Lunatic asylums United Provinces 1909-1921 - 1909-1921
Year: 1909
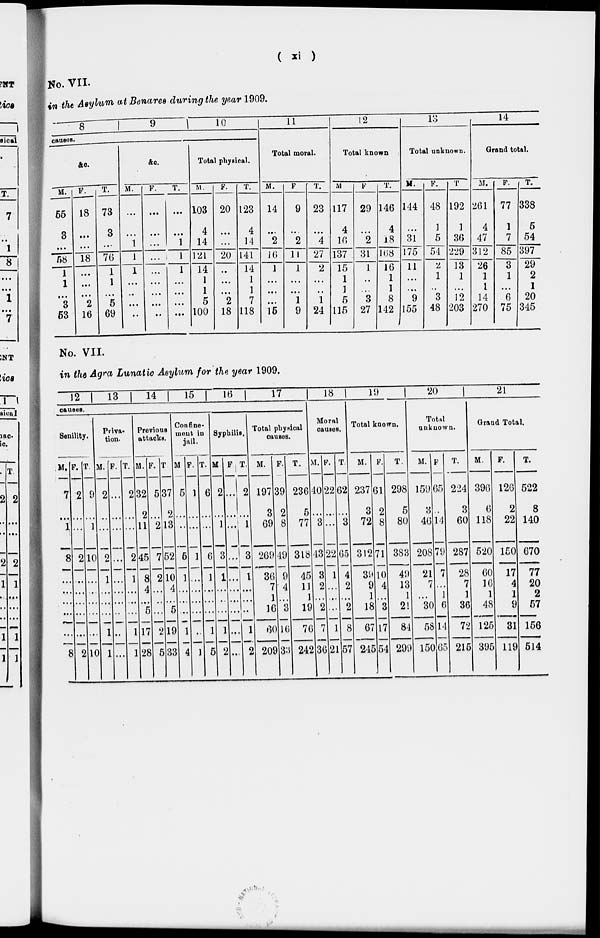
(
xi )
No. VII.
in the Asylum at Benares during the year 1909.
8
9
10
causes.
&c.
M.
65
3
...
58
1
1
...
3
63
F.
18
...
...
18
...
...
...
2
16
T.
73
3
...
76
1
1
...
5
69
&c.
M.
...
...
1
1
1
...
...
...
...
F.
...
...
...
. . .
...
...
...
...
...
T.
...
...
1
1
1
...
...
...
...
Total physical.
M.
103
4
14
121
14
1
1
6
100
F.
20
...
...
20
...
...
...
2
18
T.
123
4
14
141
14
1
1
7
118
11
Total moral.
M.
14
...
2
16
1
...
...
...
16
F
9
...
2
11
1
...
...
1
9
T.
23
...
4
27
2
...
...
1
24
12
Total known
M
117
4
16
137
15
1
1
5
115
F
29
...
2
31
1
...
..
3
27
T.
146
4
18
168
16
1
1
8
142
13
Total unknown.
M.
144
...
31
175
11
...
...
9
155
F.
48
1
5
54
2
1
..
3
48
T.
192
1
36
229
13
1
...
12
203
14
Grand total.
M.
261
4
47
312
26
1
1
14
270
F.
77
1
7
85
3
1
...
6
75
T.
338
5
54
397
29
2
1
20
345
No. VII.
in the Agra Lunatic Asylum for the year 1909.
12
13
14 1 15
16
17
causes.
Senility.
M.
7
...
1
8
...
...
...
...
...
8
F.
2
...
...
2
...
...
...
...
...
2
T.
9
...
1
10
...
...
...
...
...
10
Priva¬
tion.
M.
2
...
...
2
1
...
...
...
1
1
F.
...
...
...
...
...
...
...
...
...
...
T.
2
...
...
2
1
...
...
...
1
1
Previous
attacks.
M.
32
2
11
45
8
4
...
5
17
28
F.
5
...
2
7
2
...
...
...
2
5
T.
37
2
13
52
10
4
...
5
19
33
Confine-
ment in
Jail.
M.
5
...
...
6
1
...
...
...
1
4
F.
1
...
...
1
...
...
...
...
...
1
T.
6
...
...
1
1
...
...
...
1
5
Syphilis.
M.
2
...
1
3
1
...
...
...
1
2
F.
...
...
...
...
...
...
...
...
...
...
T.
2
...
1
3
1
...
...
...
1
2
Total physical
causes.
M.
197
3
69
269
36
7
1
16
60
209
F.
39
2
8
49
9
4
...
3
16
33
T.
236
5
77
318
45
11
1
19
76
242
18
19
Moral
causes.
M.
40
...
3
13
3
2
...
2
7
36
F.
22
...
...
22
1
...
...
...
1
21
T.
62
...
3
65
4
2
...
2
8
57
Total known.
M.
237
3
72
312
39
9
1
18
67
245
F.
61
2
8
71
10
4
...
3
17
54
T.
298
5
80
383
49
13
1
21
84
299
20
21
Total
unknown.
M.
159
3
46
208
21
7
...
30
58
150
F.
65
...
14
79
7
...
1
6
14
65
T.
224
3
60
287
28
7
1
36
72
215
Grand Total.
M.
396
6
118
520
60
16
1
48
125
395
F.
126
2
22
150
17
4
1
9
31
119
T.
522
8
140
670
77
20
2
57
156
514